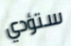
ستؤدي